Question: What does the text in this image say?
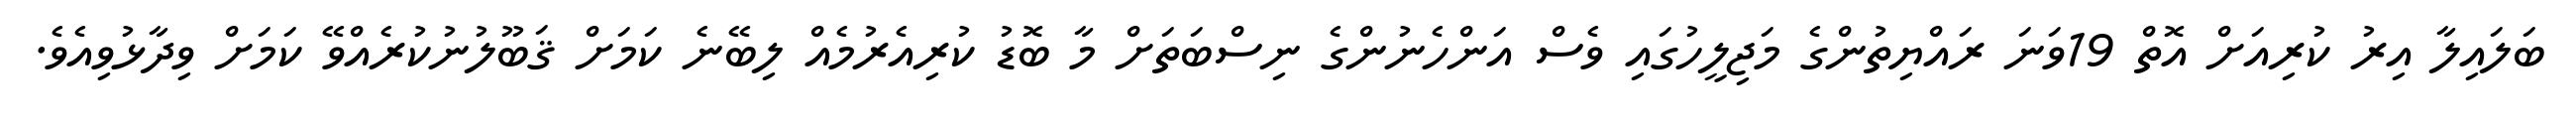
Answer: ބަލައިލާ އިރު ކުރިއަށް އޮތް 19ވަނަ ރައްޔިތުންގެ މަޖިލީހުގައި ވެސް އަންހެނުންގެ ނިސްބަތަށް މާ ބޮޑު ކުރިއެރުމެއް ލިބޭނެ ކަމަށް ޤަބޫލުނުކުރެއްވޭ ކަމަށް ވިދާޅުވިއެވެ.